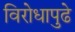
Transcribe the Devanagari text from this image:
विरोधापुढे